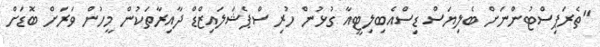
"ތެރަޕިސްޓުންނަށް ބެލިޔަސް ޑިސްއެބިލިޓީއާ ގުޅުން ހުރި ސްޕެޝަލައިޒްޑް ދާއިރާތަކުން މީހުން ވަރަށް ބޮޑަށް